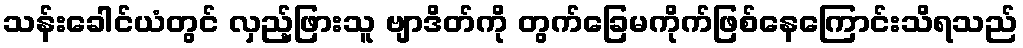
သန်းခေါင်ယံတွင် လှည့်ဖြားသူ ဗျာဒိတ်ကို တွက်ခြေမကိုက်ဖြစ်နေကြောင်းသိရသည်